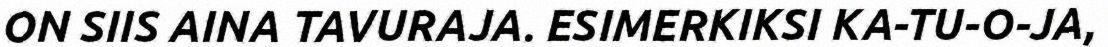
ON SIIS AINA TAVURAJA. ESIMERKIKSI KA-TU-O-JA,